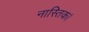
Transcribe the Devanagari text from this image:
नास्तिक।